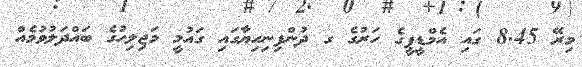
މިރޭ 8.45 ގައި އެމްޑީޕީގެ ހަރުގެ ގ ދުންފިނިހިޔާގައި ގައުމީ މަޖިލިހުގެ ބައްދަލުވުމެއް